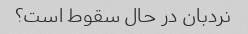
نردبان در حال سقوط است؟